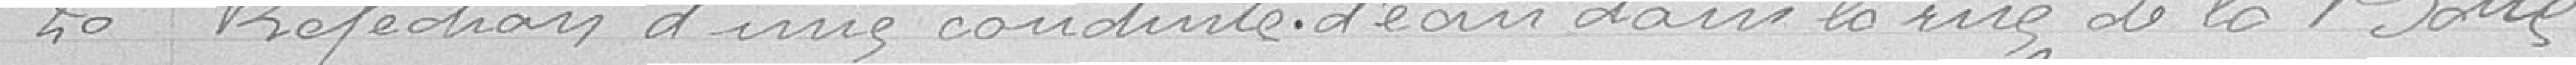
20 Réfection d'une conduite d'eau dans la rue de la Botte